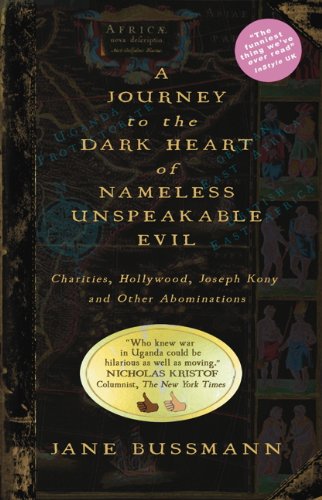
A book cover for A Journey to the Dark Heart of Nameless Unspeakable Evil: Charities, Hollywood, Joseph Kony, and Other Abominations; Jane Bussmann; Travel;